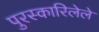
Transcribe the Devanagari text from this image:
पुरस्कारिलेले